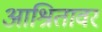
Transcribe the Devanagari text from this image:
आश्रितावर